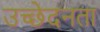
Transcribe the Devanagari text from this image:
उच्छेदनता